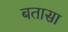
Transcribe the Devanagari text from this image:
बतासा